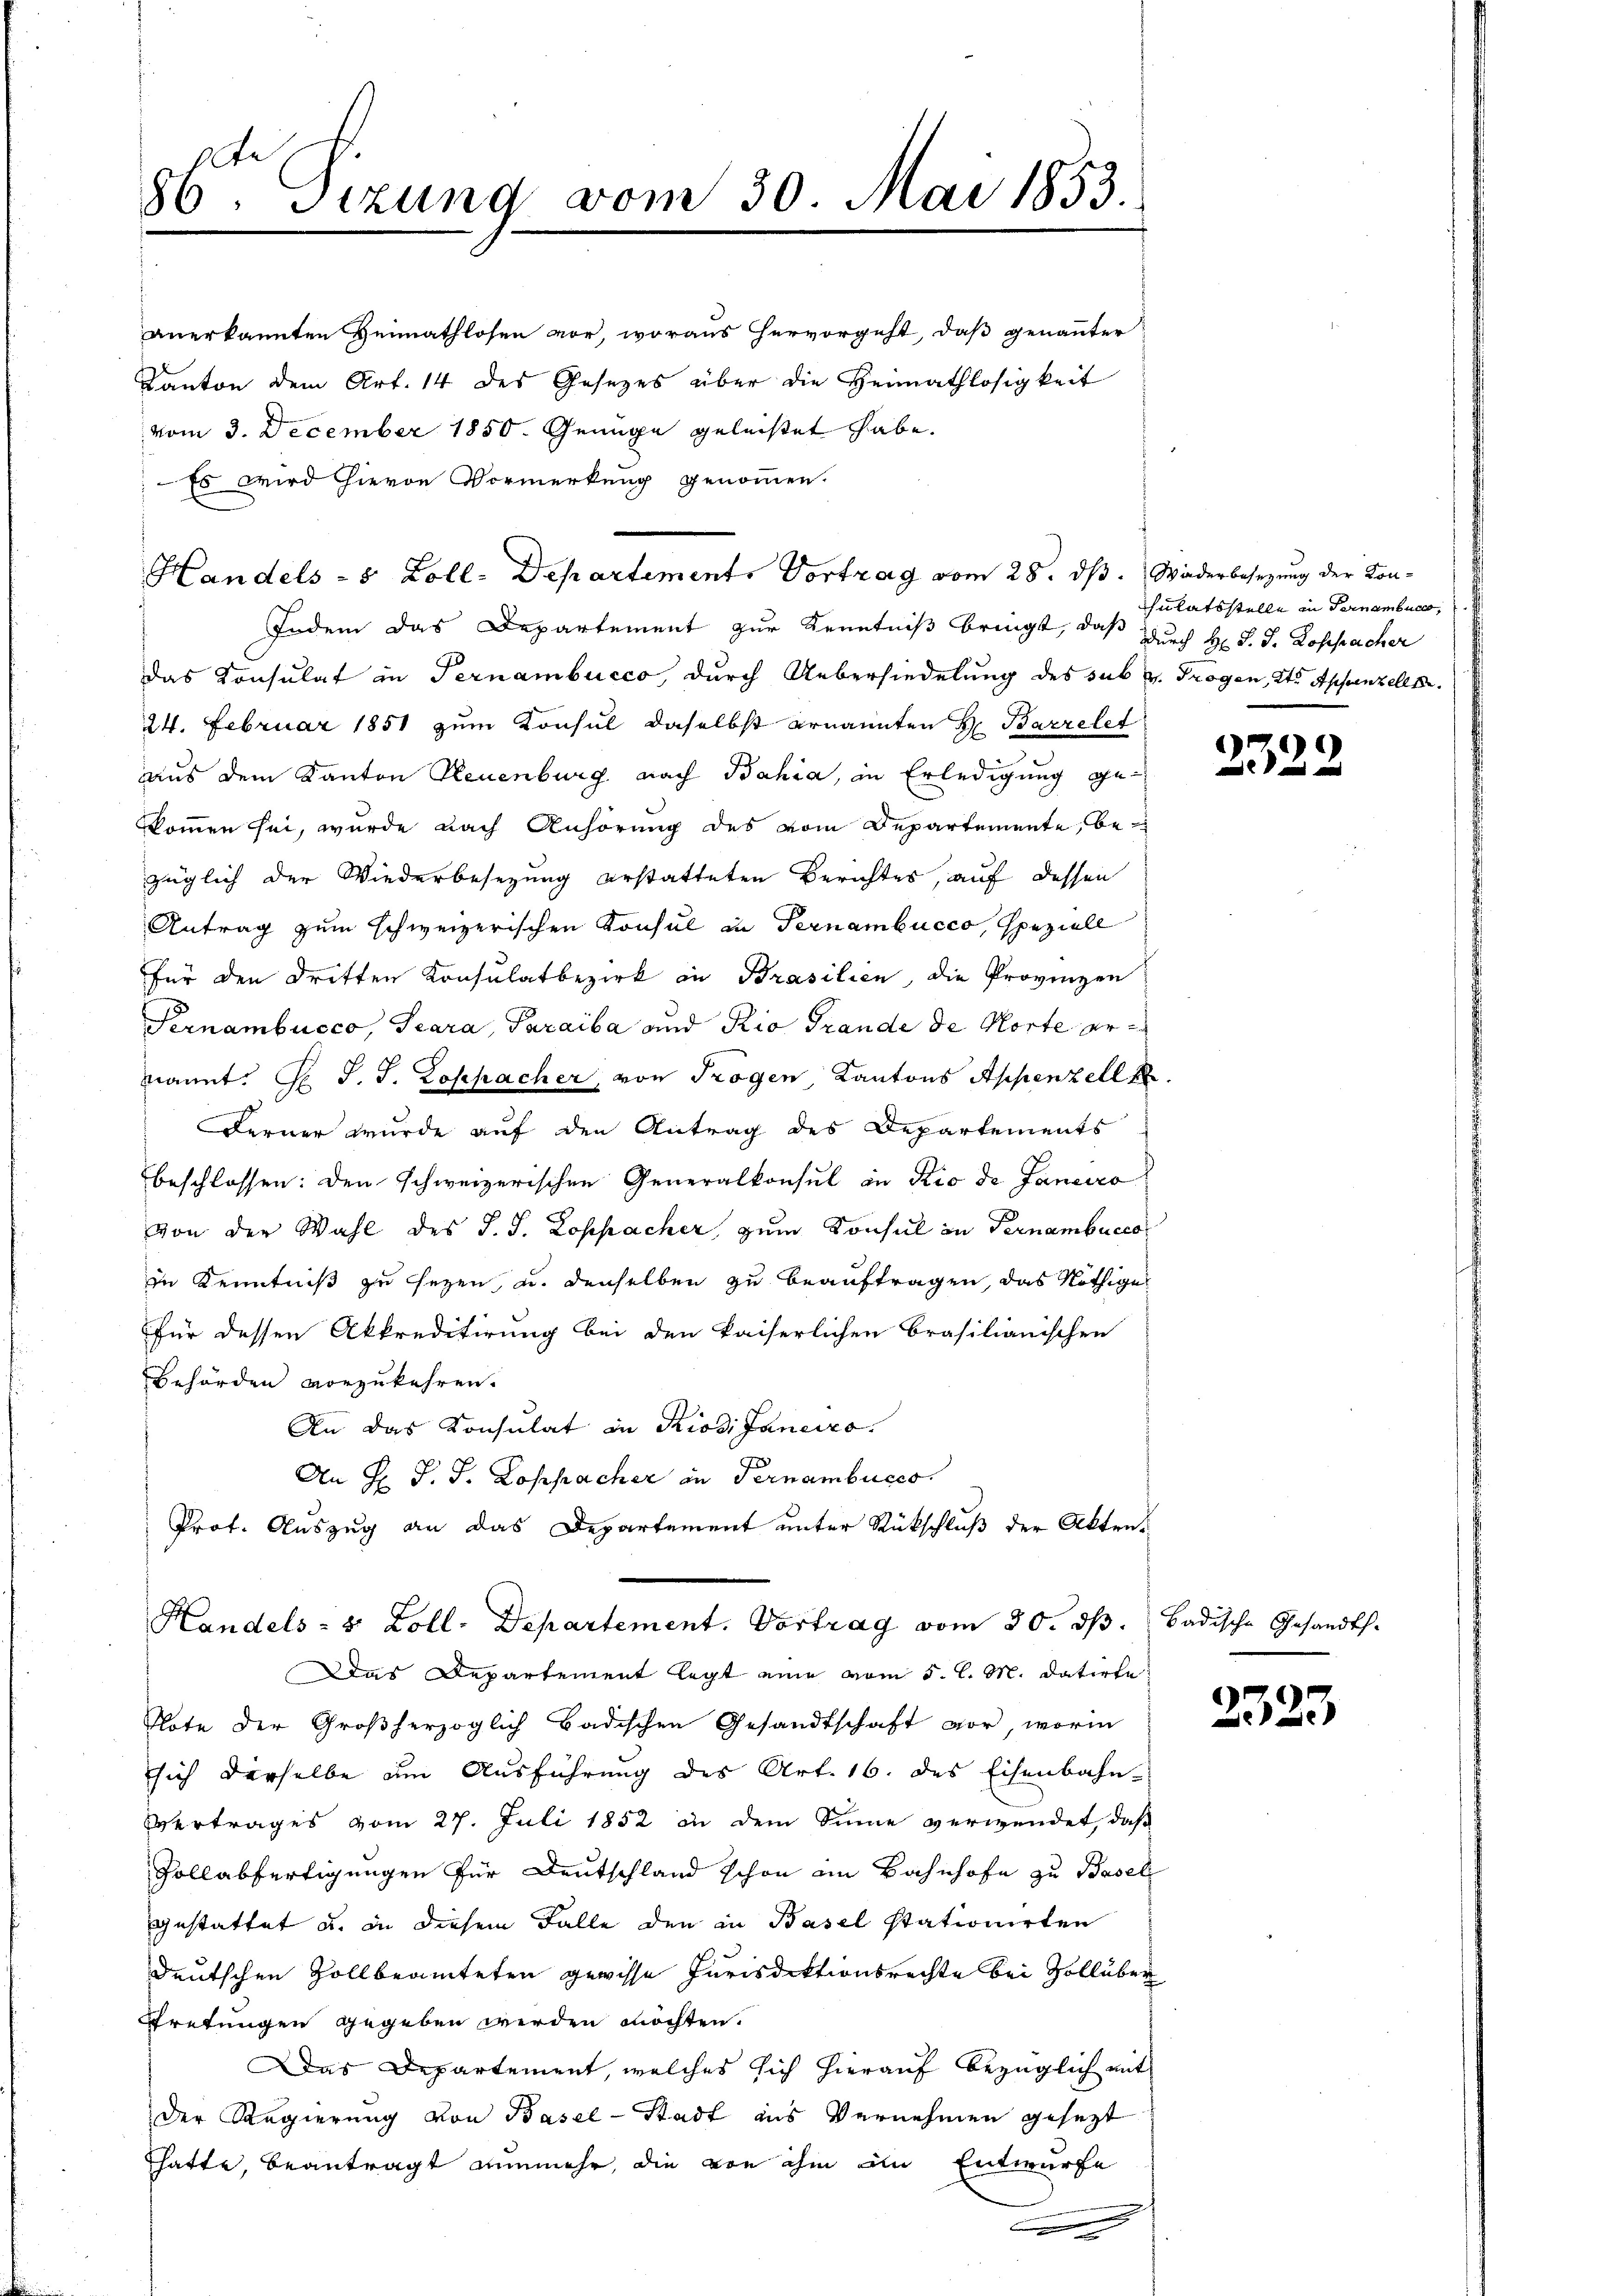
A
86 Sizung vom 30. Mai 1853.

anerkannten Heimathlosen vor, woraus hervorgeht, daß genannter
Kanton dem Art. 14 des Gesetzes über die Heimathlosigkeit
vom 3. December 1850. Genüge geleistet habe.
: Es wird hievon Vormerkung genommen.
Indem das Departement zur Kenntniß bringt, daß durch Hr. P. J. Rospacher
das Konsulat in Ternambucco, durch Uebersiedelung des sub. v. Trogen, Kts. Appenzellk
24. Februar 1851 zum Konsul daselbst ernannten H. Barrelet
aus dem Kanton Neuenburg nach Bahia, in Erledigung gekkommen sei, wurde nach Anhörung des vom Departemente, bezüglich der Wiederbesezung erstatteten Berichtes, auf dessen
Antrag zum schweizerischen Konsul in Pernambucco, speziell
für den dritten Konsulatbezirk in Brasilien, die Provinzen
Pernambucco, Teara, Paraiba und Rio Grande de Vorte ernannt. H. J. J. Lospacher, von Trogen, Kantons Appenzell
Ferner wurde auf den Antrag des Departements
beschlossen: den schweizerischen Generalkonsul in Rio de Janeiro
von der Wahl des J. J. Lospacher, zum Konsul in Ternambucco
in Kenntniß zu sezen, u. denselben zu beauftragen, das Nöthige
für dessen Akkreditirung bei den kaiserlichen Brasilianischen
Behörden vorzukehren.
An das Konsulat in Riodi Janeiro
An H. J. J. Lospacher in Pernambucco
Prot. Auszug an das Departement unter Rückschluß der Akten.
Handels- & Zoll. Departement. Vortrag vom 30. dβ. badische Gesandts.
Das Departement legt eine vom 5. l. M. datirte
Note der Großherzoglich Badischen Gesandtschaft vor, worin
sich derselbe am Ausführung des Art. 16. des Eisenbahn-
Vertrages vom 27. Juli 1852 in dem Sinne verwendet, daß
Vollabfertigungen für Deutschland schon am Bahnhofe zu Basel
gestattet u. in diesem Falle den in Basel stationirten
deutschen Zollbeamteten gewisse Jurisdiktionsrechte bei Vollüber
Fretungen gegeben werden möchten.
Das Departement, welches sich hierauf bezüglich mit
Der Regierung von Basel-Stadt aus Vernehmen gesezt
hatte, beantragt nunmehr, die von ihm ain Entwurfe
a
.

Handels - 5 Zoll-Departements Vortrag vom 28. ds. Widerbesezung der Kon¬

Schulatsstelle in Fernembuca,

23.

3

2523